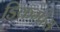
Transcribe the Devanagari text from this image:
डिकम्प्रेस